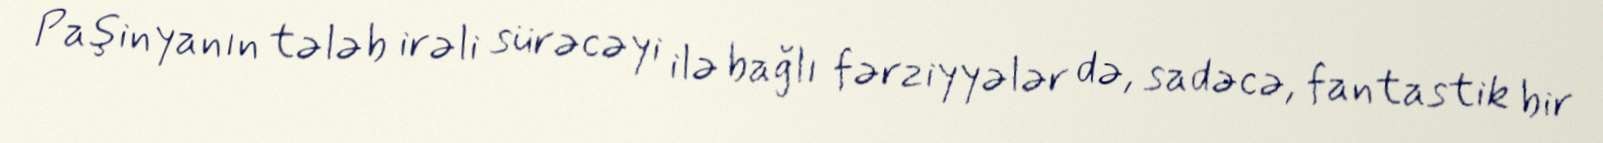
Paşinyanın tələb irəli sürəcəyi ilə bağlı fərziyyələr də, sadəcə, fantastik bir